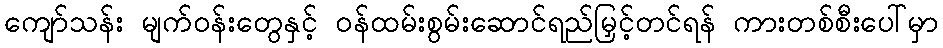
ကျော်သန်း မျက်ဝန်းတွေနှင့် ဝန်ထမ်းစွမ်းဆောင်ရည်မြှင့်တင်ရန် ကားတစ်စီးပေါ်မှာ